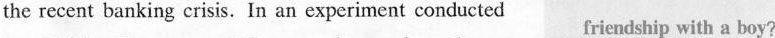
the recent banking crisis. In an experiment conducted friendship with a boy?